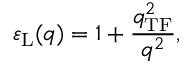
\varepsilon _ { \mathrm { L } } ( q ) = 1 + \frac { q _ { \mathrm { T F } } ^ { 2 } } { q ^ { 2 } } ,